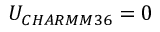
U _ { C H A R M M 3 6 } = 0